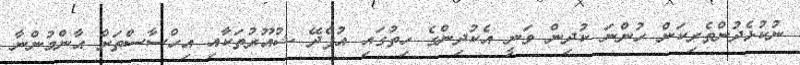
ނުކުޅެދުންތެރިކަން ހުންނަ ކުދިން ވަނީ އެކުދިންގެ ހިތުގައި އުފެދޭ ޝުއޫރުތަކާއި އިހްސާސްތަށް އާންމުންނާ